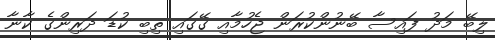
ލިބޭ މަދު ފައިސާ ބޭނުންކުރަން ޖެހުމާއި ގޭގައި ތިބި ކުޑަ ދަރިންގެ ކާނާ